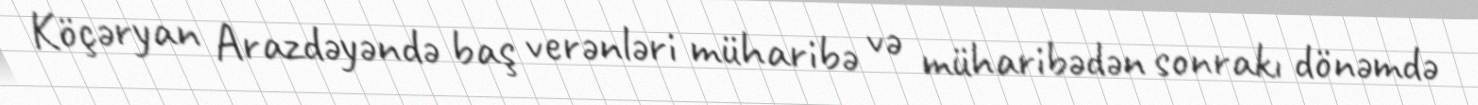
Köçəryan Arazdəyəndə baş verənləri müharibə və müharibədən sonrakı dönəmdə